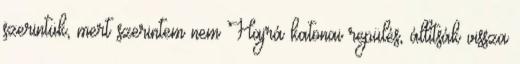
szerintük, mert szerintem nem Hajrá katonai repülés, állítsák vissza